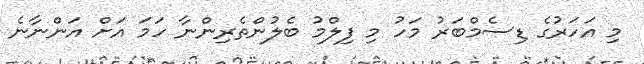
މި އަހަރުގެ ޑިސެމްބަރު މަހު މި ފިލްމު ބެލުންތެރިންނާ ހަމަ އަށް އަންނާނެ